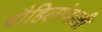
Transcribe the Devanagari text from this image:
चौहिलांवाली